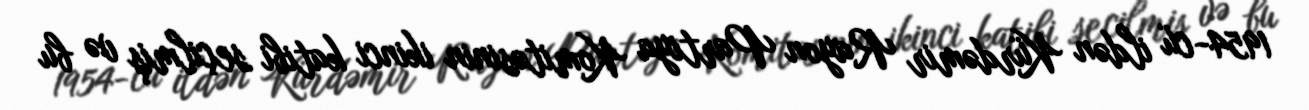
1954-cü ildən Kürdəmir Rayon Partiya Komitəsinin ikinci katibi seçilmiş və bu